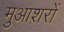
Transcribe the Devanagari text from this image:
मुआशरों